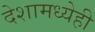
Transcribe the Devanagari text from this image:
देशामध्येही